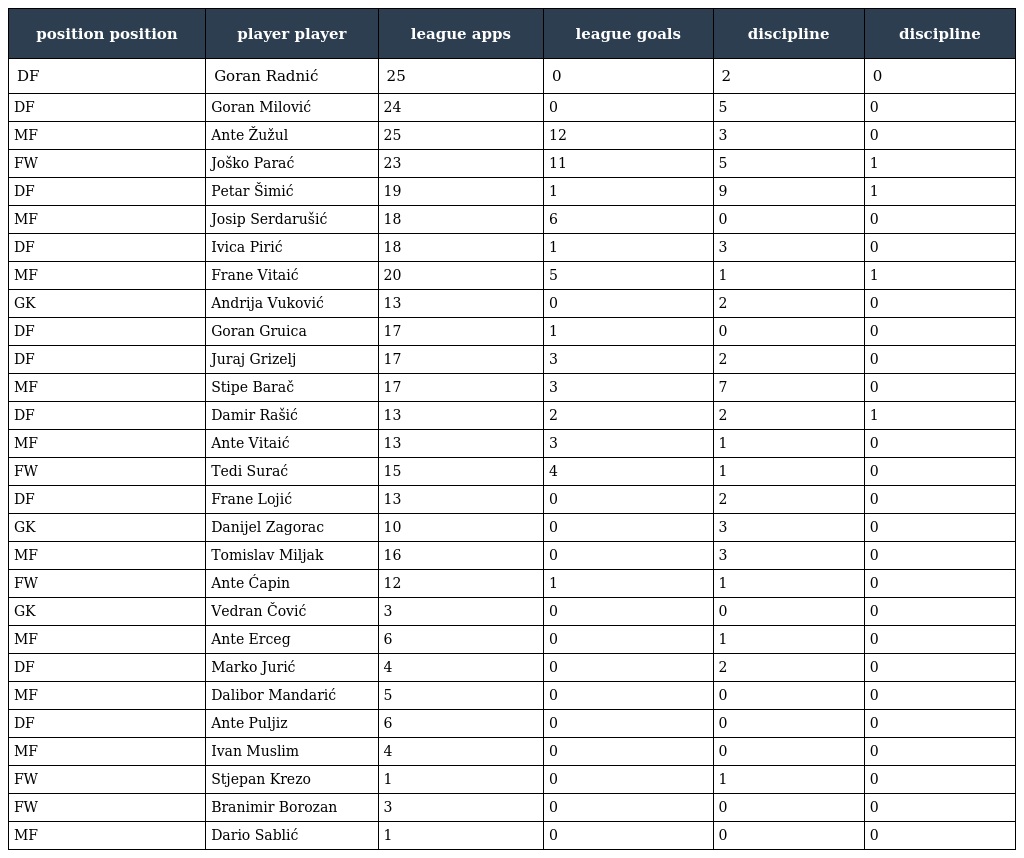
| position position | player player | league apps | league goals | discipline | discipline |
 | --- | --- | --- | --- | --- | --- |
 | DF | Goran Radnić | 25 | 0 | 2 | 0 |
 | DF | Goran Milović | 24 | 0 | 5 | 0 |
 | MF | Ante Žužul | 25 | 12 | 3 | 0 |
 | FW | Joško Parać | 23 | 11 | 5 | 1 |
 | DF | Petar Šimić | 19 | 1 | 9 | 1 |
 | MF | Josip Serdarušić | 18 | 6 | 0 | 0 |
 | DF | Ivica Pirić | 18 | 1 | 3 | 0 |
 | MF | Frane Vitaić | 20 | 5 | 1 | 1 |
 | GK | Andrija Vuković | 13 | 0 | 2 | 0 |
 | DF | Goran Gruica | 17 | 1 | 0 | 0 |
 | DF | Juraj Grizelj | 17 | 3 | 2 | 0 |
 | MF | Stipe Barač | 17 | 3 | 7 | 0 |
 | DF | Damir Rašić | 13 | 2 | 2 | 1 |
 | MF | Ante Vitaić | 13 | 3 | 1 | 0 |
 | FW | Tedi Surać | 15 | 4 | 1 | 0 |
 | DF | Frane Lojić | 13 | 0 | 2 | 0 |
 | GK | Danijel Zagorac | 10 | 0 | 3 | 0 |
 | MF | Tomislav Miljak | 16 | 0 | 3 | 0 |
 | FW | Ante Ćapin | 12 | 1 | 1 | 0 |
 | GK | Vedran Čović | 3 | 0 | 0 | 0 |
 | MF | Ante Erceg | 6 | 0 | 1 | 0 |
 | DF | Marko Jurić | 4 | 0 | 2 | 0 |
 | MF | Dalibor Mandarić | 5 | 0 | 0 | 0 |
 | DF | Ante Puljiz | 6 | 0 | 0 | 0 |
 | MF | Ivan Muslim | 4 | 0 | 0 | 0 |
 | FW | Stjepan Krezo | 1 | 0 | 1 | 0 |
 | FW | Branimir Borozan | 3 | 0 | 0 | 0 |
 | MF | Dario Sablić | 1 | 0 | 0 | 0 |